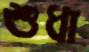
শুধা